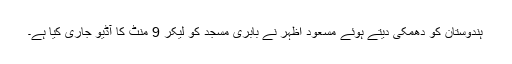
ہندوستان کو دھمکی دیتے ہوئے مسعود اظہر نے بابری مسجد کو لیکر 9 منٹ کا آڈیو جاری کیا ہے۔